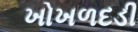
ખોખળદડી